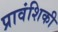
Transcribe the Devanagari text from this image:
प्रावंशिकी